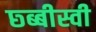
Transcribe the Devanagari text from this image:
छ्ब्बीस्वी